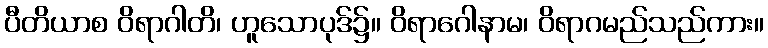
ပီတိယာစ ဝိရာဂါတိ၊ ဟူသောပုဒ်၌။ ဝိရာဂေါနာမ၊ ဝိရာဂမည်သည်ကား။